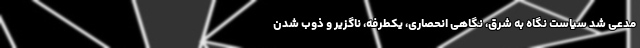
مدعی شد سیاست نگاه به شرق، نگاهی انحصاری، یکطرفه، ناگزیر و ذوب شدن